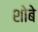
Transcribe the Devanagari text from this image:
शोबे